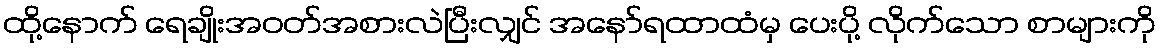
ထို့နောက် ရေချိုးအဝတ်အစားလဲပြီးလျှင် အနော်ရထာထံမှ ပေးပို့ လိုက်သော စာများကို